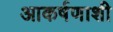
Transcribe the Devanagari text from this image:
आकर्षणाशी